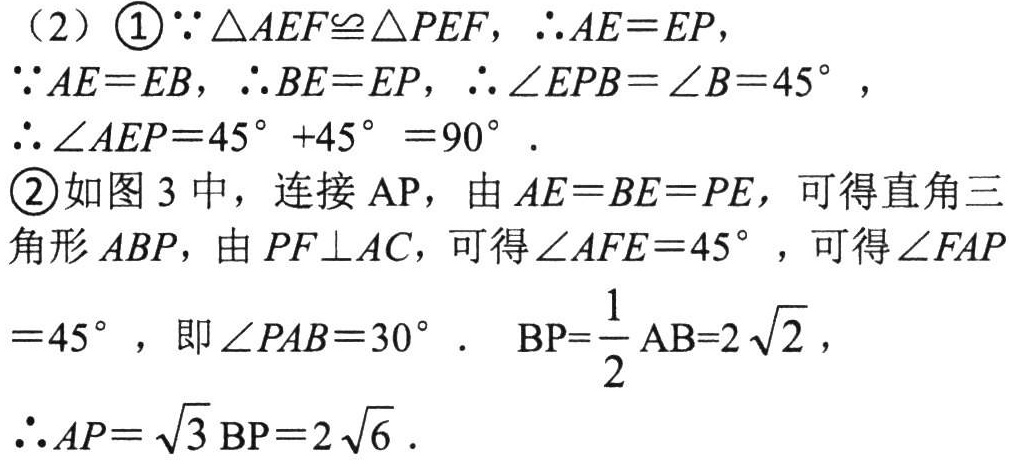
（2）\(\textcircled{1}\because\triangle AEF\cong\triangle PEF\)，\(\therefore AE = EP\)，
\(\because AE = EB\)，\(\therefore BE = EP\)，\(\therefore\angle EPB=\angle B = 45^{\circ}\)，
\(\therefore\angle AEP=45^{\circ}+45^{\circ}=90^{\circ}\).
\(\textcircled{2}\)如图3中，连接\(AP\)，由\(AE = BE = PE\)，可得直角三角形\(ABP\)，由\(PF\perp AC\)，可得\(\angle AFE = 45^{\circ}\)，可得\(\angle FAP\)
\(= 45^{\circ}\)，即\(\angle PAB = 30^{\circ}\). \(BP=\frac{1}{2}AB = 2\sqrt{2}\)，
\(\therefore AP=\sqrt{3}BP = 2\sqrt{6}\).